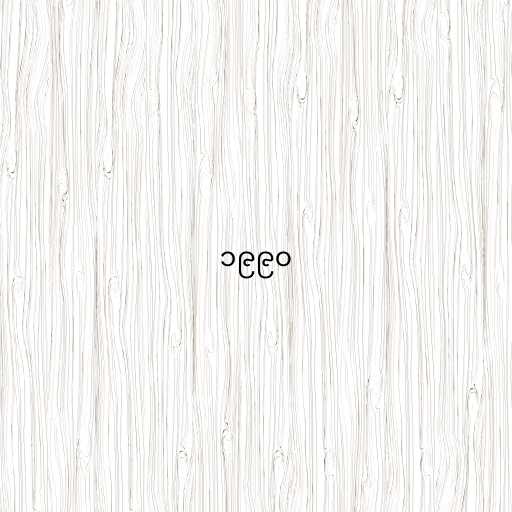
၁၉၉၀